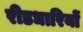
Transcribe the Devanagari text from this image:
रीडधारियों